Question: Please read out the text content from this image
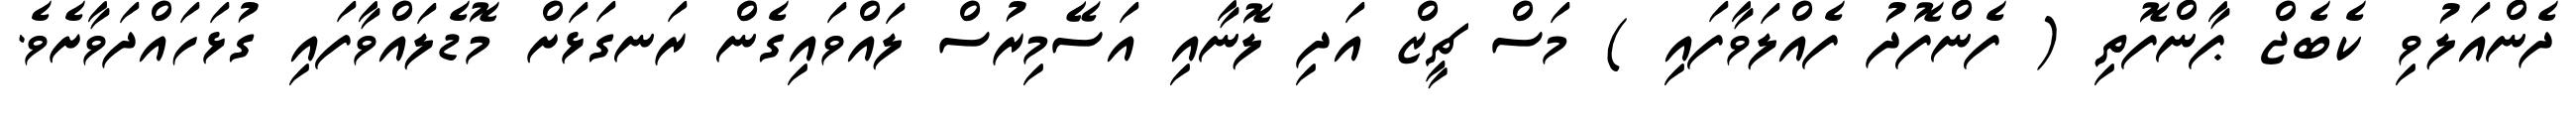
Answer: ދެންއަލުވި ކެބެޖް ޕާންފޮތި ( ފެންފޮދު ފެއްލަވާފައި ) މަސް ޗީޒް އަދި ލޮނާއި އަސޭމިރުސް ލައްވައިގެން ރަނގަޅަށް މޮޑެލައްވާފައި ގުޅަހައްދަވާށެވެ.